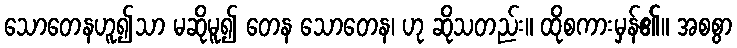
သောတေနဟူ၍သာ မဆိုမူ၍ တေန သောတေန၊ ဟု ဆိုသတည်း။ ထိုစကားမှန်၏။ အစစွာ